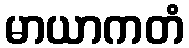
မာယာကတံ